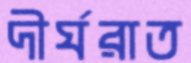
দীর্ঘরাত